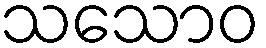
သသောဝ